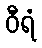
ဝီရံ